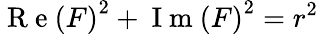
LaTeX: \mathrm{~R~e~}\left(F\right)^{2}+\mathrm{~I~m~}\left(F\right)^{2}=r^{2}